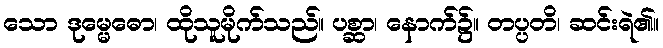
သော ဒုမ္မေဓော၊ ထိုသူမိုက်သည်။ ပစ္ဆာ၊ နောက်၌။ တပ္ပတိ၊ ဆင်းရဲ၏။